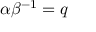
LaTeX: \alpha \beta ^ { - 1 } = q